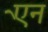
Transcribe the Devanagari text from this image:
एेन